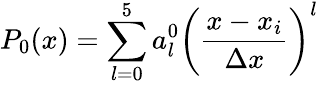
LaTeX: P_{0}(x)=\sum_{l=0}^{5}a_{l}^{0}\left(\frac{x-x_{i}}{\Delta x}\right)^{l}